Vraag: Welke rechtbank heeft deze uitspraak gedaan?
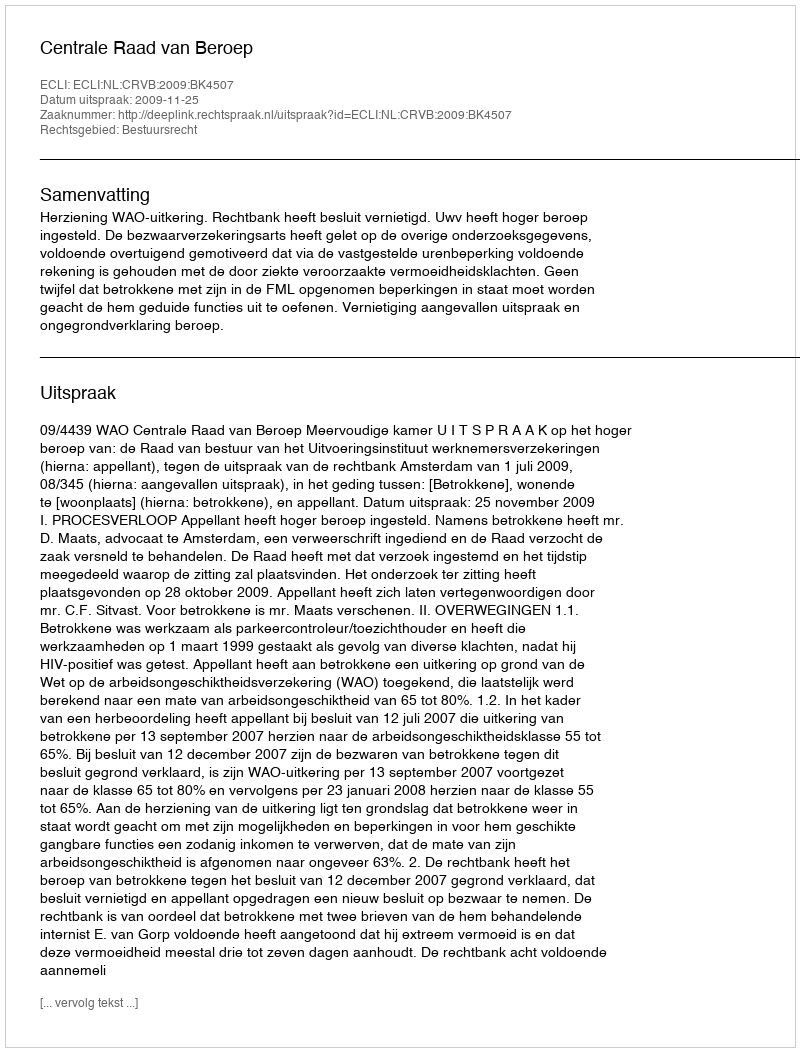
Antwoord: Centrale Raad van Beroep